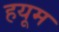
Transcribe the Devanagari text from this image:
हयूम